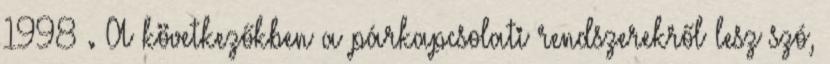
1998 . A következőkben a párkapcsolati rendszerekről lesz szó,